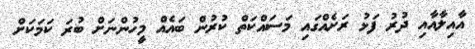
އާއިލާއާއި ދުރު ފަޅު ރަށެއްގައި މަސައްކަތް ކުރުން ބައެއް މީހުންނަށް ބުރަ ކަމަކަށް